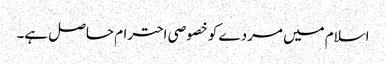
اسلام میں مردے کو خصوصی احترام حاصل ہے۔